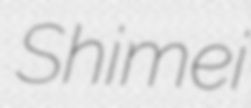
Shimei